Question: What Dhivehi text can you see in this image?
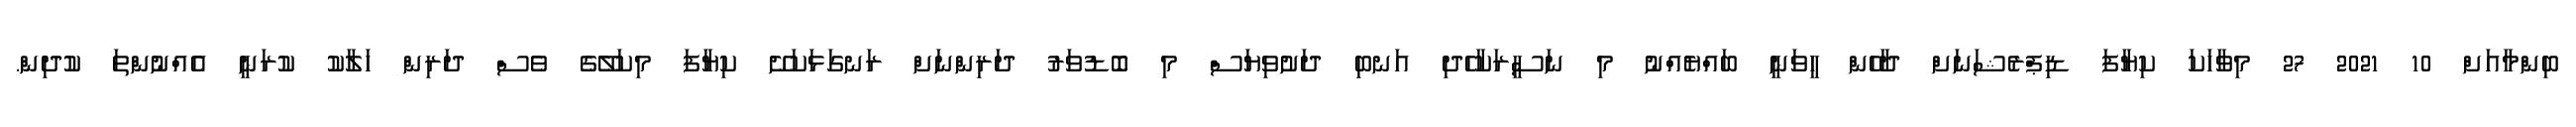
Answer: ބިންމާއަށް 10 2021 27 މިވާހަކަ ކިޔާފަ ޑިޕްރެޝަނަށް ދާހެން ހީވަނީ ބައްޔެއްނު މި ނަސީރަކާހެދި އަނބި ދަށުވިޔަސް މި ބޮޑުވަރު ދަރިންނަށް ރަނގަޅަކަށޭ ކިޔާފަ މިކަލޭގެ ވެސް ދަރިން ހަލާކު ކުރަނީ އެއްނުންތަ ކުދިން.